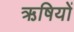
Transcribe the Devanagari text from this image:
ऋषियों